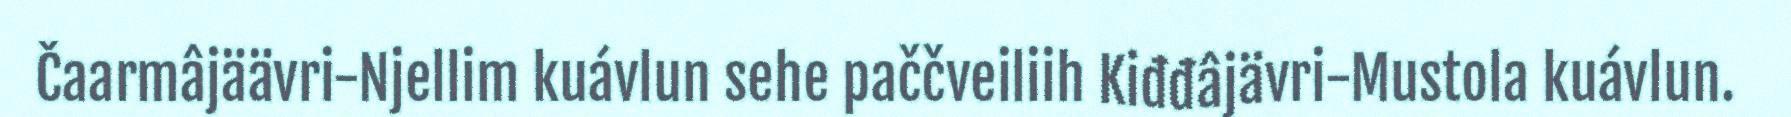
Čaarmâjäävri-Njellim kuávlun sehe paččveiliih Kiđđâjävri-Mustola kuávlun.